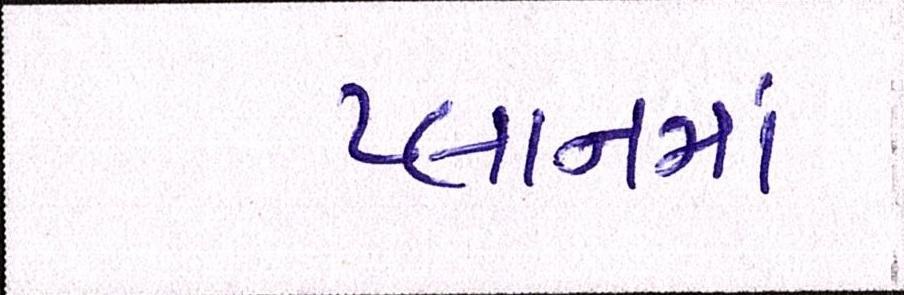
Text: પ્લાનમાં